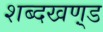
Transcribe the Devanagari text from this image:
शब्दखण़्ड